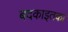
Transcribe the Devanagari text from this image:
बदकाइतका